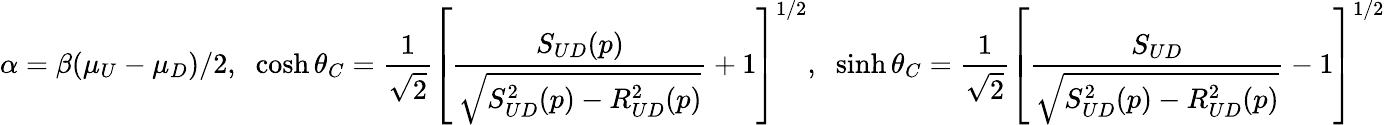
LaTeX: \alpha=\beta(\mu_{U}-\mu_{D})/2,\; \; \cosh\theta_{C}=\frac{1}{\sqrt{2}}\left[\frac{S_{UD}(p)}{\sqrt{S_{UD}^{2}(p)-R_{UD}^{2}(p)}}+1\right]^{1/2},\; \; \sinh\theta_{C}=\frac{1}{\sqrt{2}}\left[\frac{S_{UD}}{\sqrt{S_{UD}^{2}(p)-R_{UD}^{2}(p)}}-1\right]^{1/2}